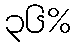
၃၆%